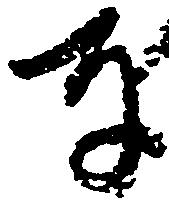
奉